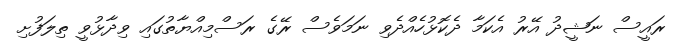
ރައީސް ނަޝީދު އޭރު އެކަމާ ދެކޮޅުހެއްދެވި ނަމަވެސް ރޭގެ ރަސްމިއްޔާތުގައި ވިދާޅުވީ ތިލަފުށި